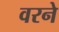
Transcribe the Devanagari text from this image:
वरने